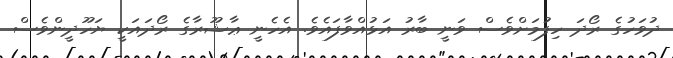
ދުވަހުގެ ރޯދަ ހިފުމަށްވެސް ވަނީ ބާރު އަޅުއްވާފައެވެ. އެހެނީ ޢާޝޫރާގެ ރޯދައަކީ ޔަހޫދީންވެސް